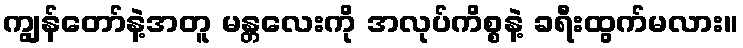
ကျွန်တော်နဲ့အတူ မန္တလေးကို အလုပ်ကိစ္စနဲ့ ခရီးထွက်မလား။